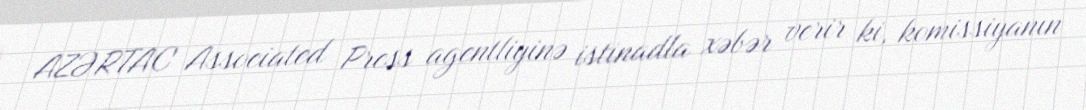
AZƏRTAC Associated Press agentliyinə istinadla xəbər verir ki, komissiyanın